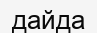
дайда